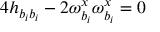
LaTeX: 4 h _ { b _ { i } b _ { i } } - 2 \omega _ { b _ { i } } ^ { x } \omega _ { b _ { i } } ^ { x } = 0